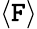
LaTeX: \langle\mathtt{F}\rangle